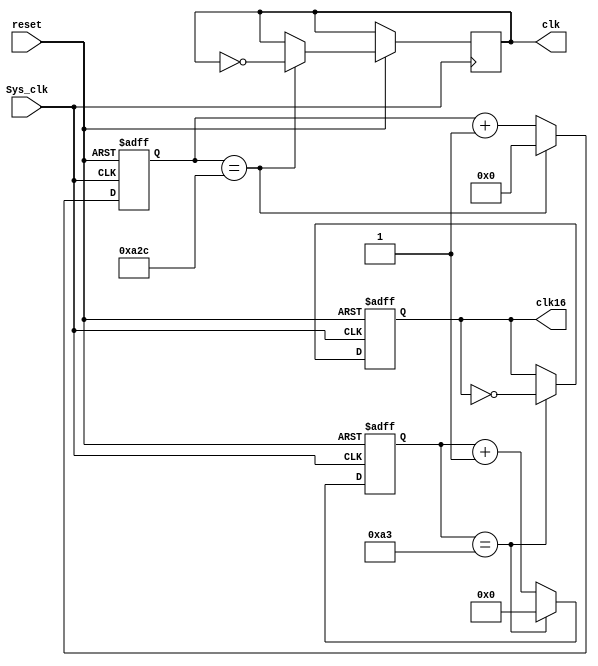

module BRG (Sys_clk,reset,clk16,clk);

	input 	    Sys_clk,reset;
	output reg  clk16,clk;
	reg 		[8:0]count1;
	reg 		[11:0]count2;

	initial
	begin
		clk16 <= 0;
		count1 <= 0;
		count2 <= 0;
		clk <=0;
	end

	always @(posedge Sys_clk or negedge reset) 
	begin 
		if(~reset) 
		begin
			clk16<= 0;
			count1 <= 0;
			count2 <= 0;
		end else 
		begin
			if(count1 == 9'd163)
			begin
				clk16 <= ~clk16;
				count1 <= 9'd0;
			end
			else
				count1 <= count1 +9'd1;
			if(count2 == 12'd2604)
			begin
				clk <= ~clk;
				count2<=12'd0;
			end
			else
				count2 <= count2 + 12'd1;
		end
	end
endmodule